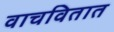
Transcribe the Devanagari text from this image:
वाचवितात